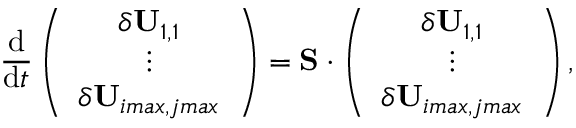
\frac { \mathrm { d } } { \mathrm { d } t } \left( \begin{array} { c } { \delta \mathbf { U } _ { 1 , 1 } } \\ { \vdots } \\ { \delta \mathbf { U } _ { i m a x , j m a x } } \end{array} \right) = \mathbf { S } \cdot \left( \begin{array} { c } { \delta \mathbf { U } _ { 1 , 1 } } \\ { \vdots } \\ { \delta \mathbf { U } _ { i m a x , j m a x } } \end{array} \right) ,